Triennial report on the lunatic asylums in the province of Eastern Bengal and Assam - 1903-1911
Year: 1903
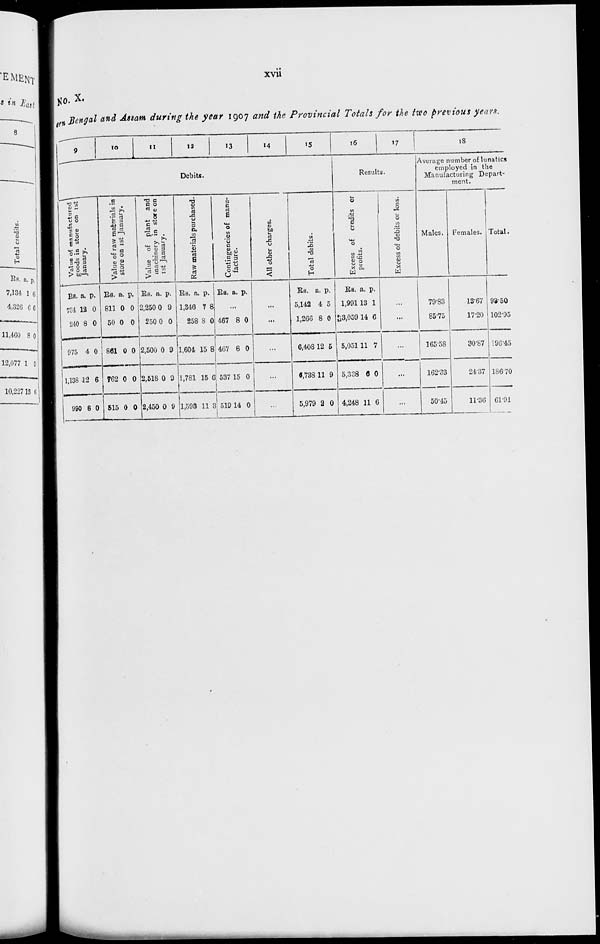
xvii
No. X.
ern Bengal and Assam during the year 1907 and the Provincial Totals for the two previous years.
9
10
11
12
13
14
15
Debits.
Value of manufactured
goods in store on 1st
January.
Rs.
734
240
975
1,138
990
a.
12
8
4
12
6
p.
0
0
0
6
0
Value of raw materials in
store on 1st January.
Rs.
811
50
861
762
515
a.
0
0
0
0
0
p.
0
0
0
0
0
Value of plant and
machinery in store on
1st January.
Rs.
2,250
250
2,500
2,518
2,450
a.
0
0
0
0
0
p.
9
0
9
0
9
Raw materials purchased.
Rs.
1,346
258
1,604
1,781
1,593
a.
7
8
15
15
11
p.
8
0
8
6
3
Contingencies of manu-
facture.
Rs. a. p.
...
467
467
537
519
8
8
15
14
0
0
0
0
All other charges.
...
...
...
...
...
Total debits.
Rs.
5,142
1,266
6,408
6,738
5,979
a.
4
8
12
11
2
p.
5
0
5
9
0
16
17
Results.
Excess of credits or
profits.
Rs.
1,991
3,059
5,051
5,338
4,248
a.
13
14
11
6
11
p.
1
6
7
0
6
Excess of debits or loss.
...
...
...
...
...
18
Average number of lunatics
employed in the
Manufacturing Depart-
ment.
Males.
79.83
85.75
165.58
162.33
50.45
Females.
13.67
17.20
30.87
24.37
11.36
Total.
93.50
102.95
196.45
186.70
61.91